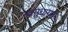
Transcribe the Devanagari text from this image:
स्वसुधारणा